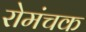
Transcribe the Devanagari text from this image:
रोमंचक